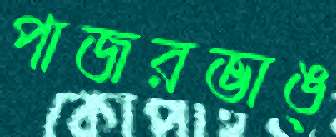
পাজরভাঙ্